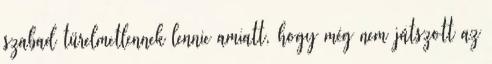
szabad türelmetlennek lennie amiatt, hogy még nem játszott az